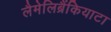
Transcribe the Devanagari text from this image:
लैमेलिब्रैंकियाटा